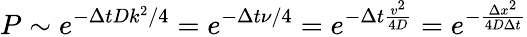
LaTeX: P\sim e^{-\Delta tDk^{2}/4}=e^{-\Delta t\nu/4}=e^{-\Delta t\frac{v^{2}}{4D}}=e^{-\frac{\Delta x^{2}}{4D\Delta t}}